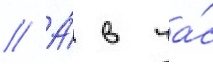
// А́ в ча́с